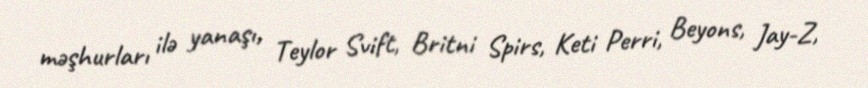
məşhurları ilə yanaşı, Teylor Svift, Britni Spirs, Keti Perri, Beyons, Jay-Z,